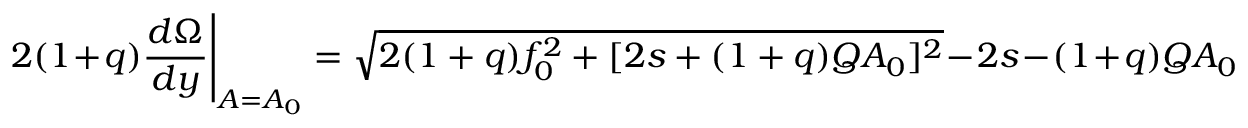
2 ( 1 + q ) \frac { d \Omega } { d y } \Bigg \vert _ { A = A _ { 0 } } = \sqrt { 2 ( 1 + q ) f _ { 0 } ^ { 2 } + [ 2 s + ( 1 + q ) Q A _ { 0 } ] ^ { 2 } } - 2 s - ( 1 + q ) Q A _ { 0 }